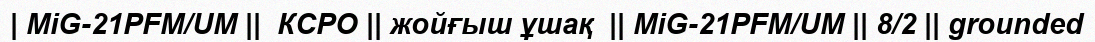
| MiG-21PFM/UM ||  КСРО || жойғыш ұшақ  || MiG-21PFM/UM || 8/2 || grounded